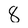
Character: 8